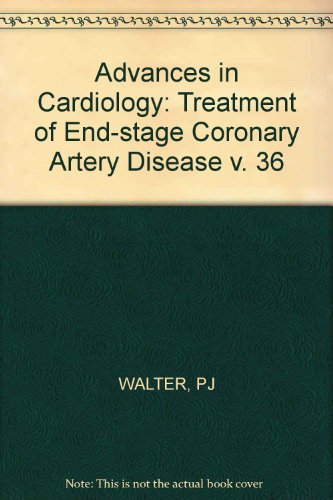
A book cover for Treatment of End-Stage Coronary Artery Disease: International Symposium on Treatment of End-Stage Coronary Artery Disease, Antwerp, June 1987 (Advances in Cardiology, Vol. 36) (v. 36); Health, Fitness & Dieting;